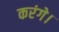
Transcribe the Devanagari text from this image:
करंगे।